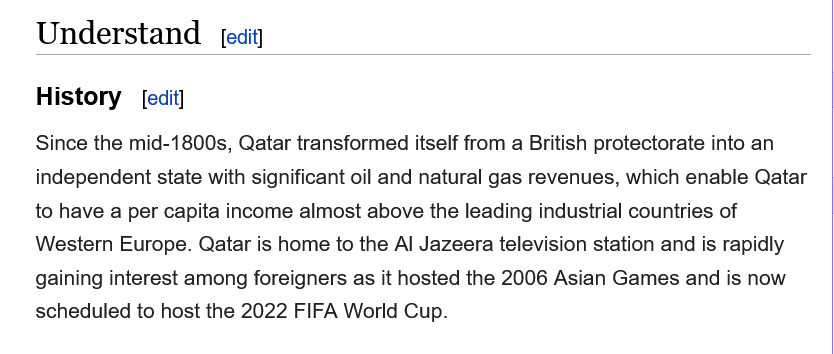
Understand
    History
    Since the mid-1800s, Qatar transformed itself from a British protectorate into an
    independent state with significant oil and natural gas revenues, which enable Qatar
    to have a per capita income almost above the leading industrial countries of
    Western Europe. Qatar is home to the Al Jazeera television station and is rapidly
    gaining interest among foreigners as it hosted the 2006 Asian Games and is now
    scheduled to host the 2022 FIFA World Cup.